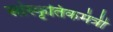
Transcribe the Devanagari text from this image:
सांस्कृतिकमंत्री